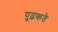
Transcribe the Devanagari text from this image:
पुढ़कते